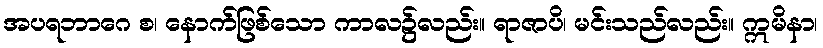
အပရဘာဂေ စ၊ နောက်ဖြစ်သော ကာလ၌လည်း။ ရာဇာပိ၊ မင်းသည်လည်း။ ဣမိနာ၊